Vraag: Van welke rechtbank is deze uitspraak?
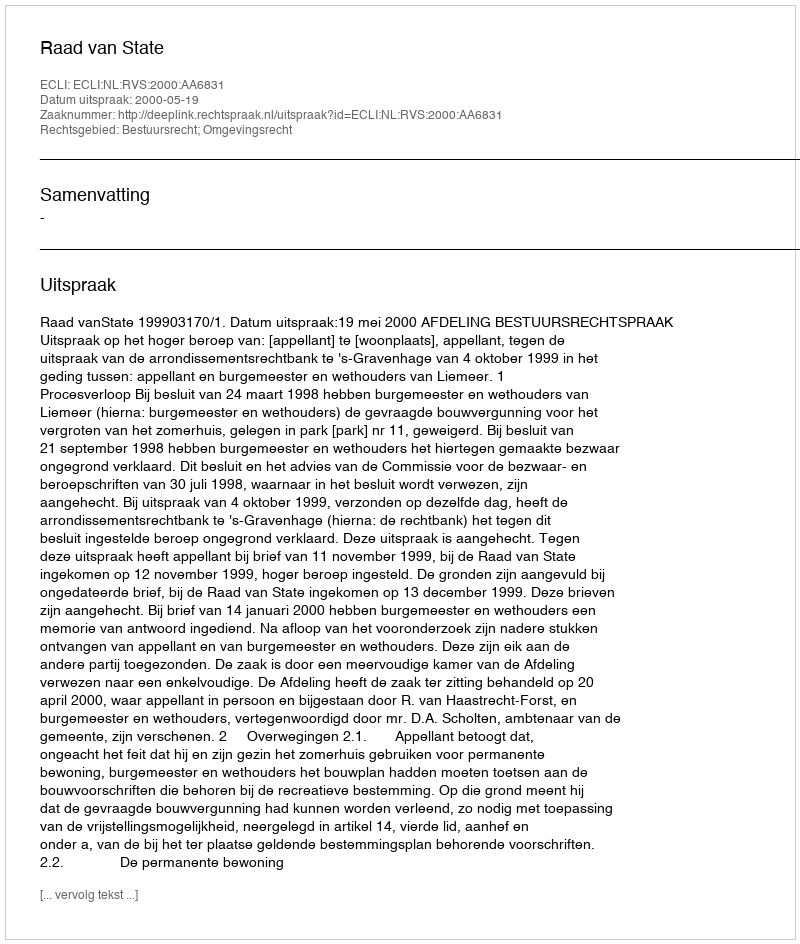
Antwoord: Raad van State